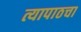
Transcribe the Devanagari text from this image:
त्यापाठचा